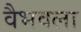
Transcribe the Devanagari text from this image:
वैभवला